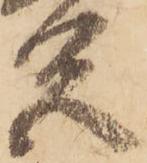
色